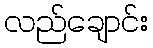
လည်ချောင်း